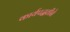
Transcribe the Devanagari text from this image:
कार्यपद्धतीने